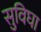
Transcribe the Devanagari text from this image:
सुविघा